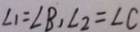
\angle 1 = \angle B , \angle 2 = \angle C